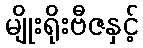
မျိုးရိုးဗီဇနှင့်